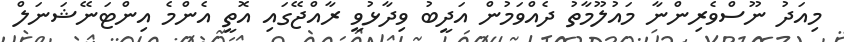
މިއަދު ނޫސްވެރިންނާ މައުލޫމާތު ދެއްވަމުން އަދީބު ވިދާޅުވީ ރާއްޖޭގައި އޮތީ އެންމެ އިންޓަނޭޝަނަލް